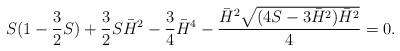
LaTeX: \begin{align*}\begin{aligned}S(1-\dfrac32S)+\dfrac32S\bar H^2-\dfrac34\bar H^4-\dfrac{\bar H^2\sqrt{(4S-3\bar H^2)\bar H^2}}4=0.\end{aligned}\end{align*}